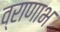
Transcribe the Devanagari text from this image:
व्राणाभ